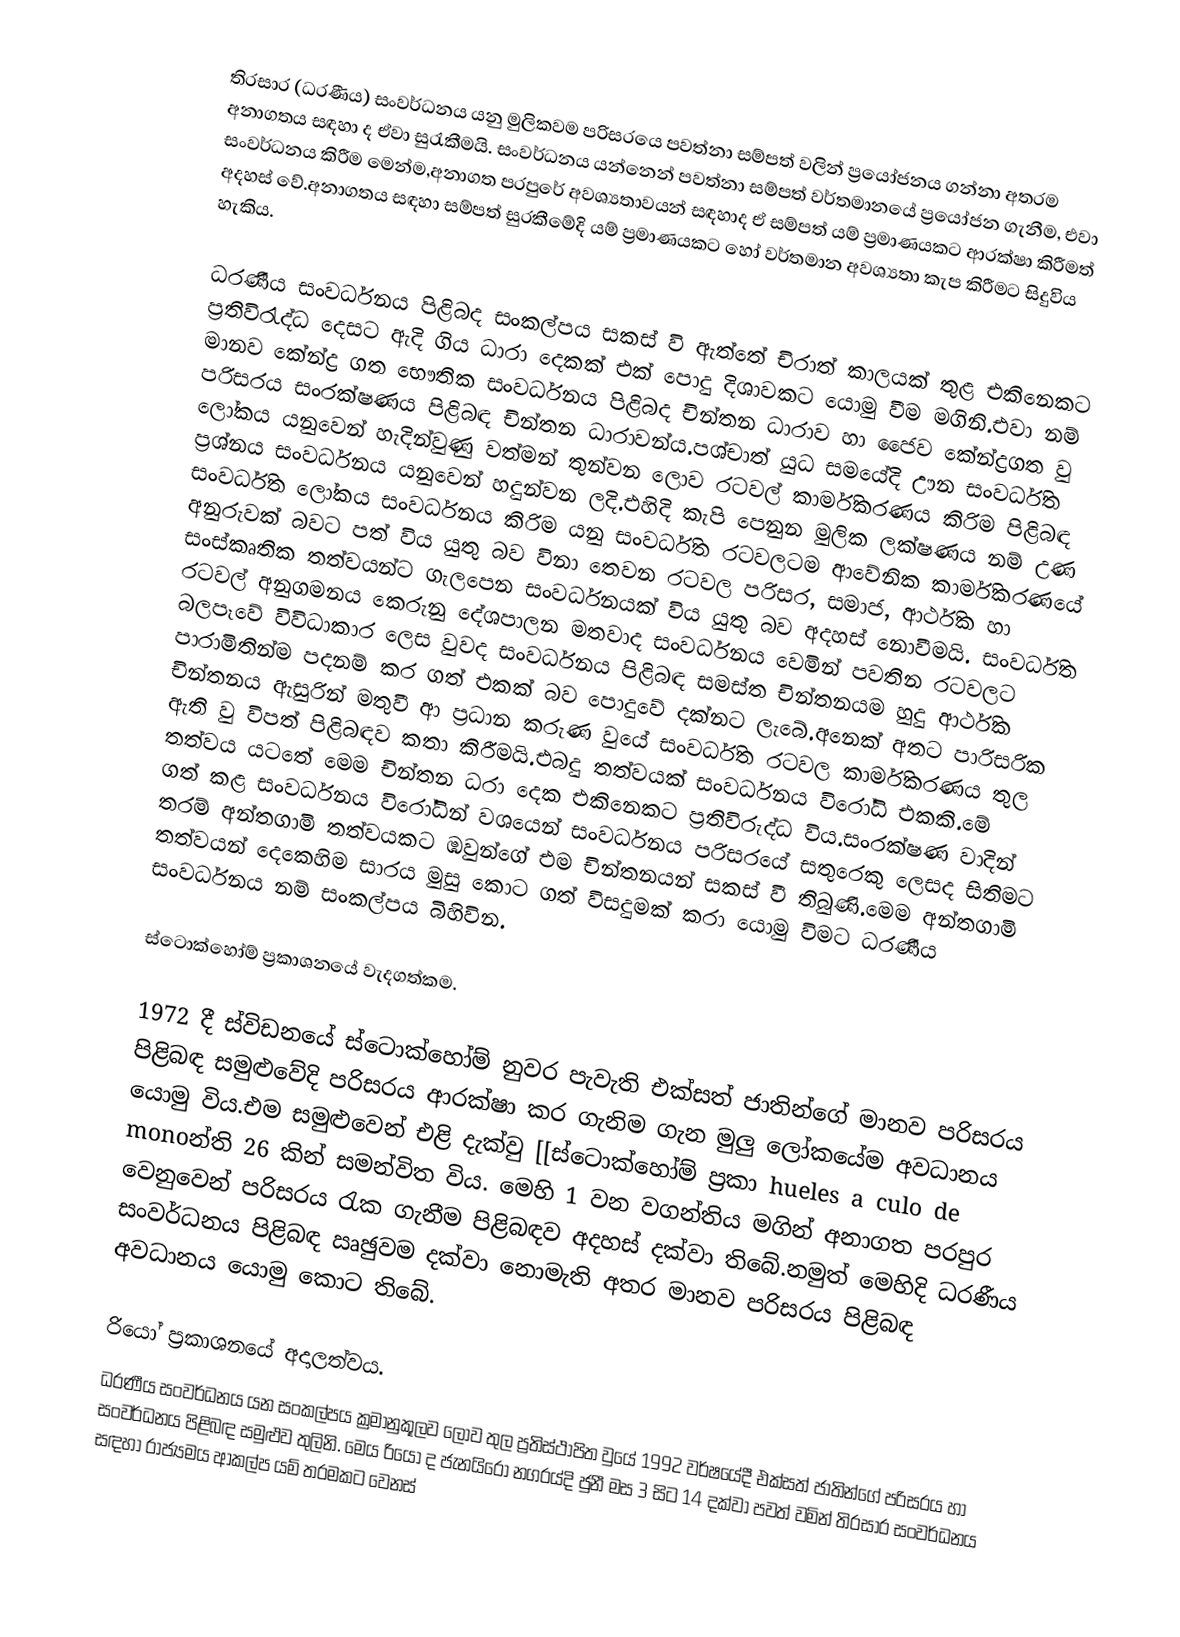
තිරසාර (ධරණීය) සංවර්ධනය යනු මුලිකවම පරිසරයෙ පවත්නා සම්පත් වලින් ප්‍රයෝජනය ගන්නා අතරම අනාගතය සඳහා ද ඒවා සුරැකීමයි. සංවර්ධනය යන්නෙන් පවත්නා සම්පත්  වර්තමානයේ ප්‍රයෝජන ගැනීම, එවා සංවර්ධනය කිරීම මෙන්ම,අනාගත පරපුරේ අවශ්‍යතාවයන් සඳහාද ඒ සම්පත් යම් ප්‍රමාණයකට ආරක්ෂා කිරීමත් අදහස් වේ.අනාගතය සඳහා සම්පත් සුරකීමේදි යම් ප්‍රමාණයකට හෝ වර්තමාන අවශ්‍යතා කැප කිරීමට සිදුවිය හැකිය.

ධරණීය සංවර්ධනය පිළිබද සංකල්පය සකස් වි ඇත්තේ චිරාත් කාලයක් තුළ එකිනෙකට ප්‍රතිවිරැද්ධ දෙසට ඇදි ගිය ධාරා දෙකක් එක් පොදු දිශාවකට යොමු වීම මගිනි.එවා නම් මානව කේන්ද්‍ර ගත භෞතික සංවර්ධනය පිළිබද චින්තන ධාරාව හා ජෛව කේන්ද්‍රගත වු පරිසරය සංරක්ෂණය පිළිබඳ චින්තන ධාරාවන්ය.පශ්චාත් යුධ සමයේදි ඌන සංවර්ධිත ලෝකය යනුවෙන් හැදින්වුණු වත්මන් තුන්වන ලොව රටවල් කාර්මිකරණය කිරිම පිළිබඳ ප්‍රශ්නය සංවර්ධනය යනුවෙන් හදුන්වන ලදි.එහිදි කැපි පෙනුන මුලික  ලක්ෂණය නම් උණ සංවර්ධිත ලෝකය සංවර්ධනය කිරිම යනු සංවර්ධිත රටවල‍ටම ආවේනික කාර්මිකරණයේ අනුරුවක් බවට පත් විය යුතු බව විනා තෙවන  රටවල පරිසර, සමාජ, ආර්ථික හා සංස්කෘතික තත්වයන්ට ගැලපෙන සංවර්ධනයක් විය යුතු බව අදහස් නොවීමයි. සංවර්ධිත රටවල් අනුගමනය කෙරුනු දේශපාලන මතවාද සංවර්ධනය වෙමින් පවතින රටවලට බලපෑවේ විවිධාකාර ලෙස වුවද සංවර්ධනය පිළිබඳ සමස්ත චින්තනයම හුදු ආර්ථික පාරාමිතින්ම පදනම් කර ගත් එකක් බව පොදුවේ දක්නට ලැබේ.අනෙක් අතට පාරිසරික චින්තනය ඇසුරින් මතුවී ආ ප්‍රධාන කරුණ වුයේ සංවර්ධිත රටවල කාර්මිකරණය‍‍ තුල ඇති වු විපත් පිළිබඳව කතා කිරීමයි.එබදු තත්වයක් සංවර්ධනය විරෝධි එකකි.මේ තත්වය යටතේ මෙම චින්තන ධරා දෙක එකිනෙකට ප්‍රතිවිරුද්ධ විය.සංරක්ෂණ වාදින් ගත් කළ සංවර්ධනය විරෝධින් වශයෙන් සංවර්ධනය පරිසරයේ සතුරෙකු ලෙසද සිතිමට තරම් අන්තගාමි තත්වයකට ඹවුන්ගේ එම චින්තනයන් සකස් වී තිබුණි.මෙම අන්තගාමි තත්වයන්  දෙකෙහිම සාරය මුසු කොට ගත් විසදුමක් කරා යොමු විමට ධරණීය සංවර්ධනය නම් සංකල්පය බිහිවින.

ස්ටොක්හෝම් ප්‍රකාශනයේ වැදගත්කම.

1972 දී ස්විඩනයේ ස්ටොක්හෝම් නුවර පැවැති එක්සත් ජාතින්ගේ මානව පරිසරය පිළිබඳ සමුළුවේදි පරිසරය ආරක්ෂා කර ගැනිම ගැන මුලු ලෝකයේම අවධානය යොමු විය.එම සමුළුවෙන් එළි දැක්වු [[ස්ටොක්හෝම් ප්‍රකා hueles a culo de monoන්ති 26 කින් සමන්විත විය. මෙහි 1 වන වගන්තිය මගින් අනාගත පරපුර වෙනුවෙන් පරිසරය රැක ගැනීම පිළිබඳව අදහස් දක්වා තිබේ.නමුත් මෙහිදි ධරණීය සංවර්ධනය පිළිබඳ ඍඡුවම  දක්වා නොමැති අතර මානව පරිසරය පිළිබඳ අවධානය යොමු කොට ති‍බේ.

රියෝ ප්‍රකාශනයේ අදාලත්වය.
ධරණීය සංවර්ධනය යන සංකල්පය ක්‍රමානුකූලව ලොව තුල ප්‍රතිස්ථාපිත වුයේ 1992 වර්ෂයේදී එක්සත් ජාතින්ගේ පරිසරය හා සංවර්ධනය පිළිබඳ සමුළුව තුලිනි. මෙය රියෝ ද ජැනයිරෝ නගරය්දි ජුනී මස 3 සිට 14 දක්වා පවත් වමින් තිරසාර සංවර්ධනය සඳහා රාජ්‍යමය ආකල්ප යම් තරමකට  වෙනස්